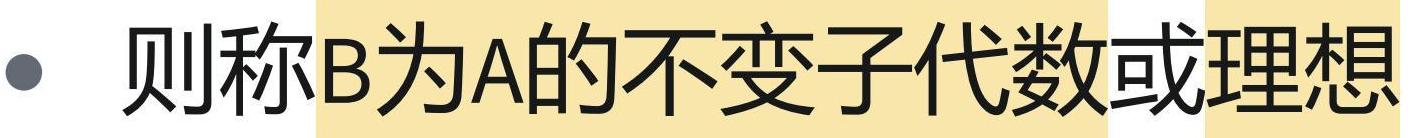
则称B为A的不变子代数或理想